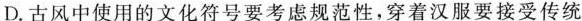
D.古风中使用的文化符号要考虑规范性，穿着汉服要接受传统